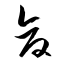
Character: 倉